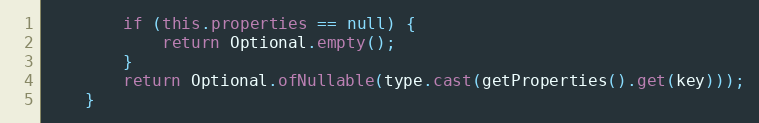
Language: Java
        if (this.properties == null) {
            return Optional.empty();
        }
        return Optional.ofNullable(type.cast(getProperties().get(key)));
    }